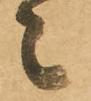
々